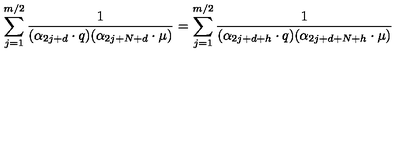
\sum _ { j = 1 } ^ { m / 2 } { \frac { 1 } { ( \alpha _ { 2 j + d } \cdot q ) ( \alpha _ { 2 j + N + d } \cdot \mu ) } } = \sum _ { j = 1 } ^ { m / 2 } { \frac { 1 } { ( \alpha _ { 2 j + d + h } \cdot q ) ( \alpha _ { 2 j + d + N + h } \cdot \mu ) } }